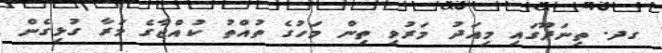
ގދ. ތިނަދޫގައި މިއަދު މަރުވި ތިން މަހުގެ ތުއްތު ކުއްޖާގެ މަރާ ގުޅިގެން